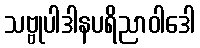
သဗ္ဗုပါဒါနပရိညာဝါဒေါ